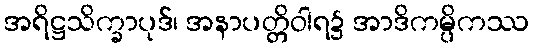
အရိဋ္ဌသိက္ခာပုဒ်၊ အနာပတ္တိဝါရ၌ အာဒိကမ္ပိကဿ